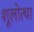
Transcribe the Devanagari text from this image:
शूलोत्था